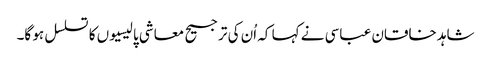
شاہد خاقان عباسی نے کہا کہ اُن کی ترجیح معاشی پالیسیوں کا تسلسل ہو گا۔